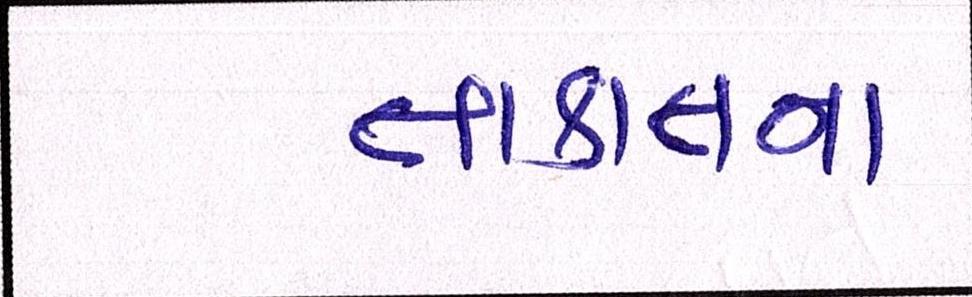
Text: તાકાતના